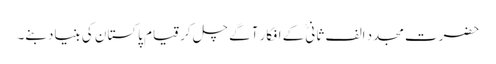
حضرت مجدد الف ثانیؒ کے افکار آگے چل کر قیام پاکستان کی بنیاد بنے۔